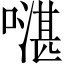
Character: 𠾻